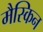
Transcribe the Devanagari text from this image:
मैस्किन